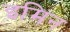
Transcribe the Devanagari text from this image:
इमिन